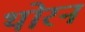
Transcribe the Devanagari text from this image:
थोरन